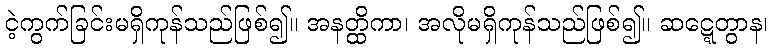
ငဲ့ကွက်ခြင်းမရှိကုန်သည်ဖြစ်၍။ အနတ္ထိကာ၊ အလိုမရှိကုန်သည်ဖြစ်၍။ ဆဋ္ဋေတွာန၊